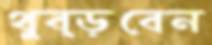
থুব্‌ড়বেন